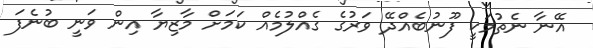
އޭނާ ނެތުމަކީ ފޫނުބެއްދޭ ވަރުގެ ގެއްލުމެއް ކަމަށް މާޒިޔާ އިން ވަނީ ބުނެފަ